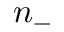
n _ { - }